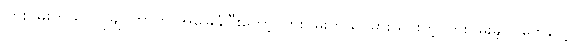
ကြိုးပမ်းတယ်၊ လိုချင်တာကို အခြေခံပြီးတော့ ကြိုးပမ်းတယ်၊ မှားယွင်းတဲ့ ကြိုးပမ်းချက်တွေပေါ့။